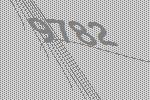
9782